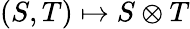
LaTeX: (S,T)\mapsto S\otimes T